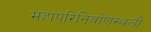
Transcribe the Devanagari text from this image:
महापरिनिर्वाणस्थली